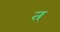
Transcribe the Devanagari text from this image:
त्‌